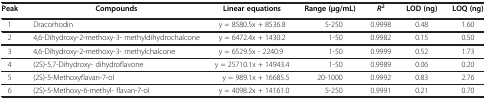
| Peak | Compounds | Linear equations | Range(μg/mL) | R2 | LOD(ng) | LOQ(ng) |
 | --- | --- | --- | --- | --- | --- | --- |
 | 1 | Dracorhodin | y = 8580.5x + 8536.8 | 5-250 | 0.9998 | 0.48 | 1.60 |
 | 2 | 4,6-Dihydroxy-2-methoxy-3- methyldihydrochalcone | y = 6472.4x + 1430.2 | 1-50 | 0.9982 | 0.15 | 0.50 |
 | 3 | 4,6-Dihydroxy-2-methoxy-3- methylchalcone | y = 6529.5x - 2240.9 | 1-50 | 0.9999 | 0.52 | 1.73 |
 | 4 | (2S)-5,7-Dihydroxy- dihydroflavone | y = 25710.1x + 14943.4 | 1-50 | 0.9989 | 0.06 | 0.20 |
 | 5 | (2S)-5-Methoxyflavan-7-ol | y = 989.1x + 16685.5 | 20-1000 | 0.9992 | 0.83 | 2.76 |
 | 6 | (2S)-5-Methoxy-6-methyl- flavan-7-ol | y = 4098.2x + 14161.0 | 5-250 | 0.9991 | 0.21 | 0.70 |